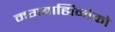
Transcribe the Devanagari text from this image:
मगब्राह्मिनोको